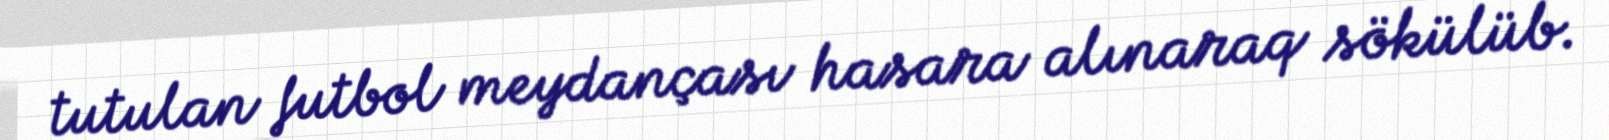
tutulan futbol meydançası hasara alınaraq sökülüb.